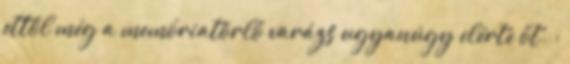
ettől még a memóriatörlő varázs ugyanúgy elérte őt. ;